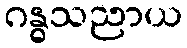
ဂန္ဓသညာယ